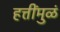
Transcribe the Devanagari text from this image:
हत्तींमुळं